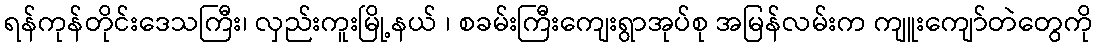
ရန်ကုန်တိုင်းဒေသကြီး၊ လှည်းကူးမြို့နယ် ၊ စခမ်းကြီးကျေးရွာအုပ်စု အမြန်လမ်းက ကျူးကျော်တဲတွေကို